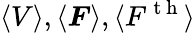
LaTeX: \langle V\rangle,\langle\boldsymbol{F}\rangle,\langle F^{\mathrm{~t~h~}}\rangle